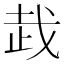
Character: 𰙦